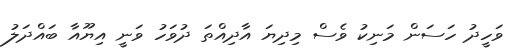
ވަހީދު ހަސަން މަނިކު ވެސް މިދިޔަ އާދިއްތަ ދުވަހު ވަނީ އިޔޫއާ ބައްދަލު